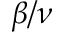
\beta / \nu